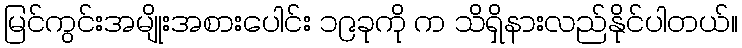
မြင်ကွင်းအမျိုးအစားပေါင်း ၁၉ခုကို က သိရှိနားလည်နိုင်ပါတယ်။